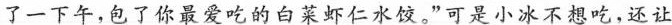
了一下午，包了你最爱吃的白菜虾仁水饺。”可是小冰不想吃，还让